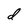
Character: d